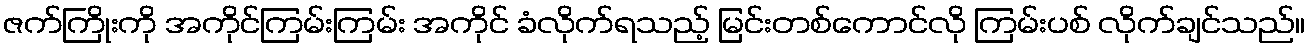
ဇက်ကြိုးကို အကိုင်ကြမ်းကြမ်း အကိုင် ခံလိုက်ရသည့် မြင်းတစ်ကောင်လို ကြမ်းပစ် လိုက်ချင်သည်။